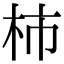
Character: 柿